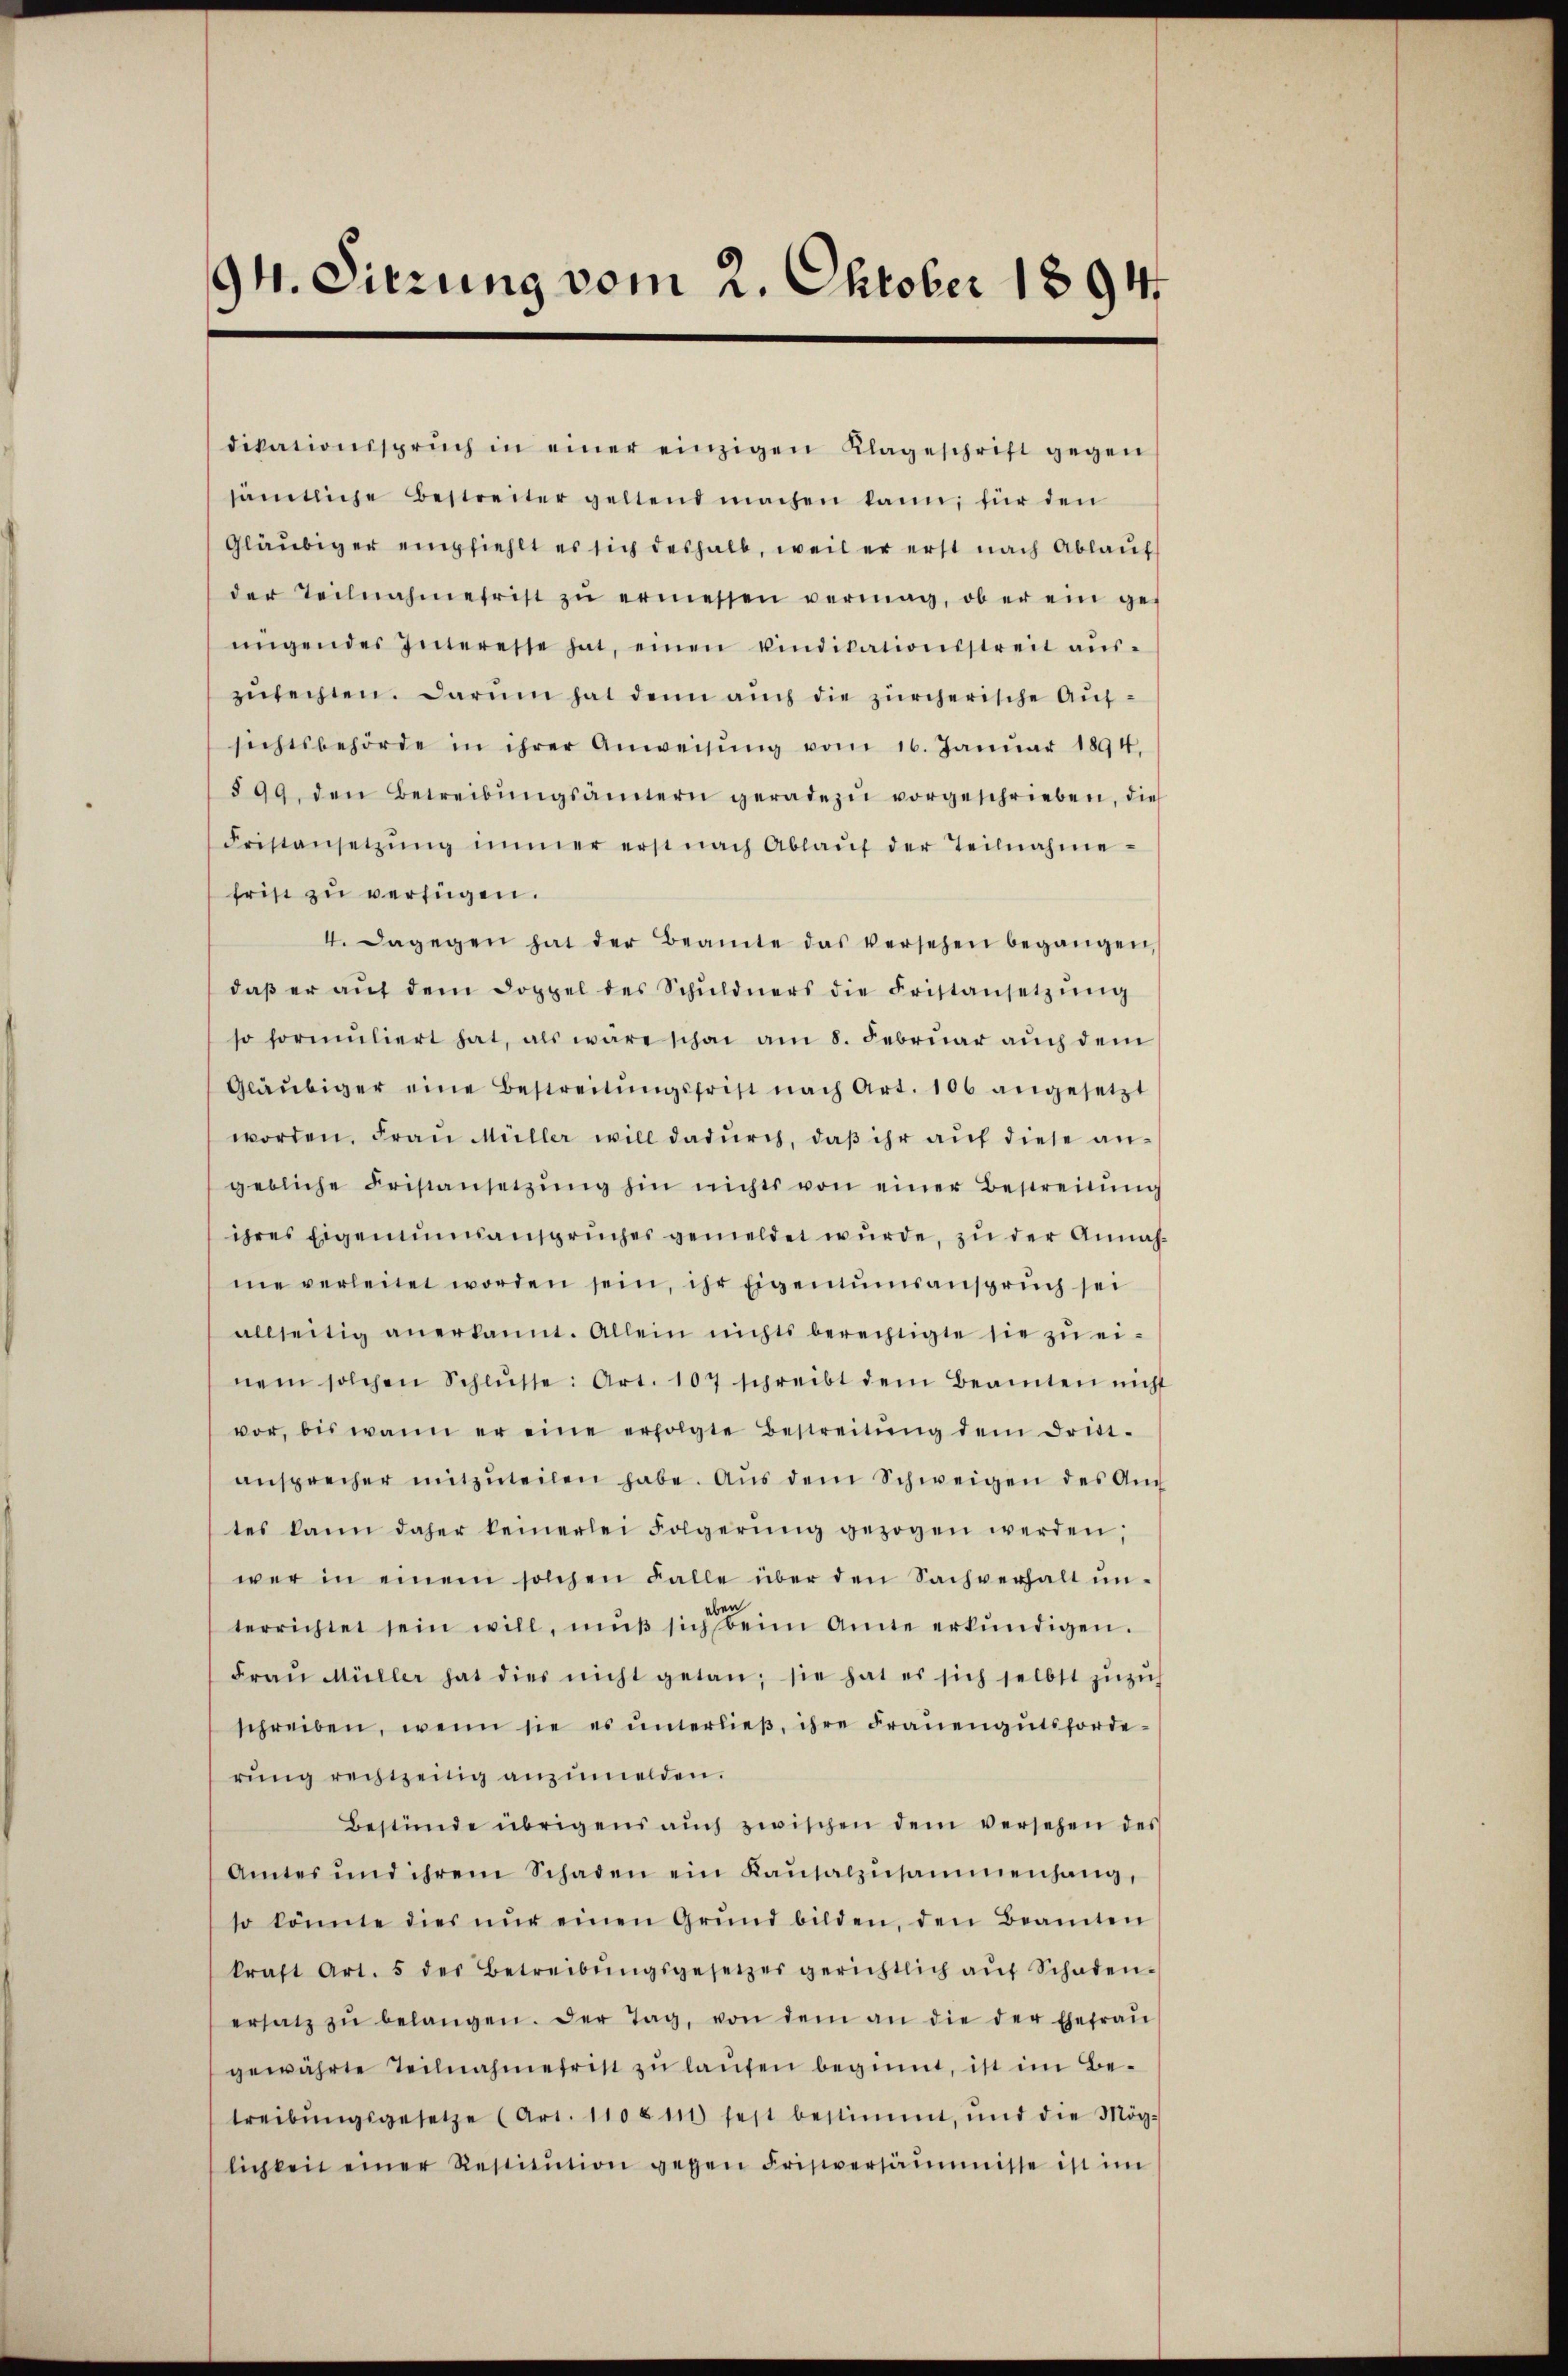
94. Sitzung vom 2. Oktober 1894

dikationsspruch in einer einzigen Klageschrift gegen
sämtliche Bestreiter geltend machen kann; für den
Gläubiger empfiehlt es sich deshalb, weil er erst nach Ablauf
der Teilnahmefrist zŭ ermessen vermag, ob er ein ge-
ŭngendes Interesse hat, einen vindikationsstreit aŭs-
zurechten. Darum hat denn auch die zürcherische Aufsichtsbehörde in ihrer Anweisŭng vom 16. Janŭar 1894.
§ 99 den Betreibŭngsämtern geradezu vorgeschrieben, die
Fristansetzŭng immer erst nach Ablaŭf der Teilnahme-
frist zu verfügen.
4. Dagegen hat der Beamte das versehen begangen,
daβ er aŭf dem Doppel des Schŭldners die Fristansetzŭng
so formuliert hat, als wäre schon am 8. Febrŭar auch dem
Gläubiger eine Bestreitŭngsfrist nach Art. 106 angesetzt
worden. Fraŭ Müller will dadŭrch, daβ ihr auf diese angebliche Fristansetzŭng hin nichts von einer Bestreitŭng
ihres Eigennanspruches gemeldet wurde, zu der Annahme verleitet worden sein, ihr Eigentumsanspruch sei
allseitig anerkannt. Allein nichts berechtigte sie zŭ ei-
nem solchen Schlŭsse: Art. 107 schreibt dem Beamten nicht
vor, bis wann er eine erfolgte Bestreitŭng dem Drit-
ansprecher mitzŭteilen habe. Aus dem Schweigen des Auch
tes kann daher keinerlei Folgerŭng gezogen werden,
wer in einem solchen Falle über den Sachverhalt ŭn-
terrichtet sein will, muß sich beim Amte erkundigen.
Fraŭ Müller hat dies nicht getan; sie hat es sich selbst zŭzŭh
schreiben, wenn sie es ŭnterlieβ, ihre Frauengutsforde-
rŭng rechtzeitig anzumelden.
Bestünde übrigens aŭch zwischen dem versehen des
Amtes und ihrem Schaden ein Kaŭsalzŭsammenhang,
so könne dies nŭr einen Grund bilden, den Beamten
kraft Art. 5 des Betreibŭngsgesetzes gerichtlich aŭf Schaden-
ersatz zŭ belangen. Der Tag, von dem an die der Ehefraŭ
gewährte Teilnahmetritt zŭ laŭfen beginnt, ist im Be-
treibŭngsgesetze (Art. 11081 fest bestimmt, und die Mög-
lichkeit einer Restitution gegen Fristversäumnisse ist im